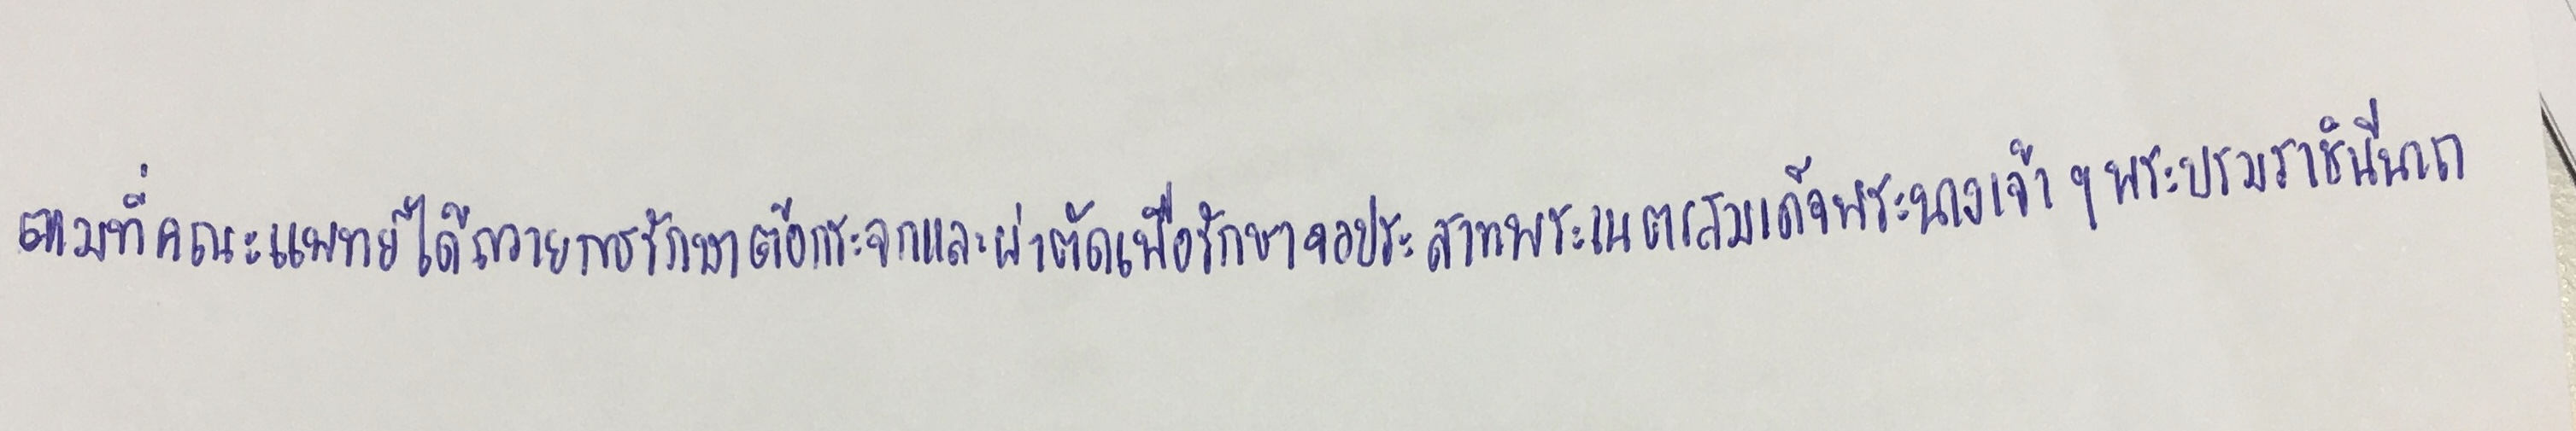
ตามที่คณะแพทย์ได้ถวายการรักษาต้อกระจกและผ่าตัดเพื่อรักษาจอประสาทพระเนตรสมเด็จพระนางเจ้าฯ พระบรมราชินีนาถ